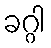
ခဂ္ဂါ